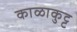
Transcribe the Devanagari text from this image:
काळाकुट्ट